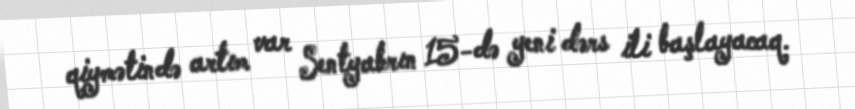
qiymətində artım var Sentyabrın 15-də yeni dərs ili başlayacaq.